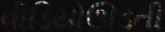
વીડિયોઊડતી